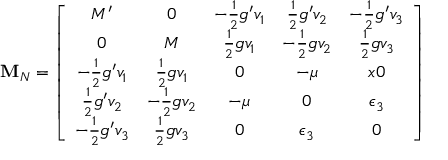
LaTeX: { \bf M } _ { N } = \left[ \begin{array} { c c c c c } { { M ^ { \prime } } } & { { 0 } } & { { - \frac 1 2 g ^ { \prime } v _ { 1 } } } & { { \frac 1 2 g ^ { \prime } v _ { 2 } } } & { { - \frac 1 2 g ^ { \prime } v _ { 3 } } } \\ { { 0 } } & { { M } } & { { \frac 1 2 g v _ { 1 } } } & { { - \frac 1 2 g v _ { 2 } } } & { { \frac 1 2 g v _ { 3 } } } \\ { { - \frac 1 2 g ^ { \prime } v _ { 1 } } } & { { \frac 1 2 g v _ { 1 } } } & { { 0 } } & { { - \mu } } & { { x 0 } } \\ { { \frac 1 2 g ^ { \prime } v _ { 2 } } } & { { - \frac 1 2 g v _ { 2 } } } & { { - \mu } } & { { 0 } } & { { \epsilon _ { 3 } } } \\ { { - \frac 1 2 g ^ { \prime } v _ { 3 } } } & { { \frac 1 2 g v _ { 3 } } } & { { 0 } } & { { \epsilon _ { 3 } } } & { { 0 } } \end{array} \right]